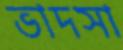
ভাদসা